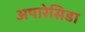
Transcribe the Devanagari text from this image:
अपारेसिडा